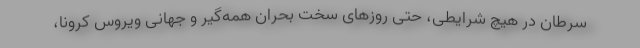
سرطان در هیچ شرایطی، حتی روزهای سخت بحران همه‌گیر و جهانی ویروس کرونا،